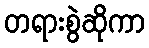
တရားစွဲဆိုကာ